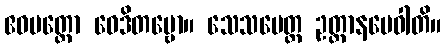
ဧဝမတ္ထော ဝေဒိတဗ္ဗော။ သေသမေတ္ထ ဥတ္တာနမေဝါတိ။